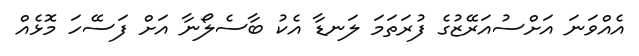
އެއްވަނަ އަށްސުއަރޭޒުގެ ފުރަތަމަ ލަނޑާ އެކު ބާސެލޯނާ އަށް ފަސޭހަ މޮޅެއް